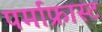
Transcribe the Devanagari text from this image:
पर्माफ्रास्ट